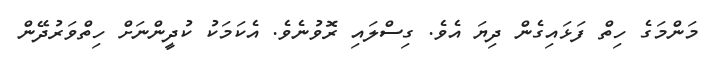
މަންމަގެ ހިތް ފަޅައިގެން ދިޔަ އެވެ. ގިސްލައި ރޮވުނެވެ. އެކަމަކު ކުދީންނަށް ހިތްވަރުދޭން